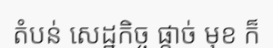
តំបន់ សេដ្ឋកិច្ច ផ្តាច់ មុខ ក៏